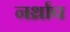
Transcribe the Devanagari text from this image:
नर्थ्राप